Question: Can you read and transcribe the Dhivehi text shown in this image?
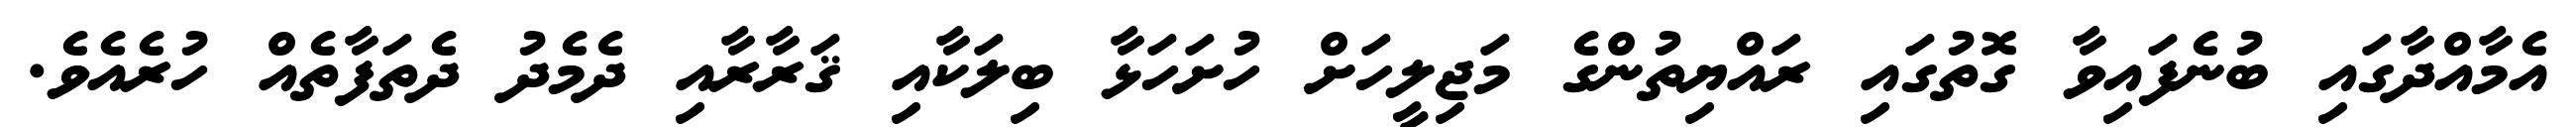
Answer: އެމާއްދާގައި ބުނެފައިވާ ގޮތުގައި ރައްޔިތުންގެ މަޖިލީހަށް ހުށަހަޅާ ބިލަކާއި ޤަރާރާއި ދެމެދު ދެތަފާތެއް ހުރެއެވެ.